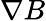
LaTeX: \nabla B